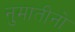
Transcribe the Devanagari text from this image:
नुमातीनो